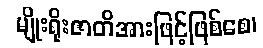
မျိုးရိုးဇာတိအားဖြင့်ဖြစ်စေ၊